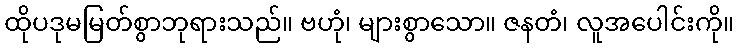
ထိုပဒုမမြတ်စွာဘုရားသည်။ ဗဟုံ၊ များစွာသော။ ဇနတံ၊ လူအပေါင်းကို။